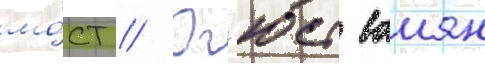
мо́ст // Ог'юст ваиян